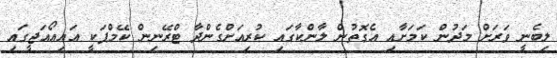
ލިބެނީ ވަރަށް މަދުން ކަމަށާއި އެގޮތުން ލާންކާގައި ކުރިއަށްގެންދާ ޓްރޭނިން ކޭމްޕަކީ އައިއޯއަޖީގައި